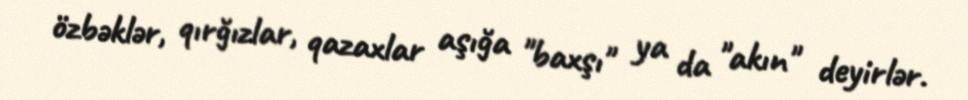
özbəklər, qırğızlar, qazaxlar aşığa "baxşı" ya da "akın" deyirlər.